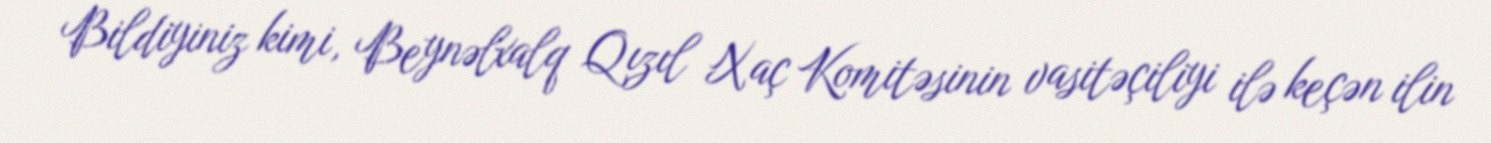
Bildiyiniz kimi, Beynəlxalq Qızıl Xaç Komitəsinin vasitəçiliyi ilə keçən ilin